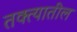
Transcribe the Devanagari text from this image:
तक्त्यातील